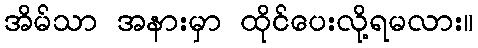
အိမ်သာ အနားမှာ ထိုင်ပေးလို့ရမလား။